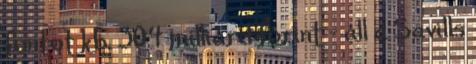
fontot kb. 304 milliárd forint - áll a Savills